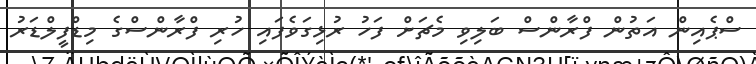
ސްޕެއިން އަތުން ފްރާންސް ބަލިވި މެޗަށް ފަހު ރުޅިގަވެފައި ހުރި ފްރާންސްގެ މިޑްފީލްޑަރު